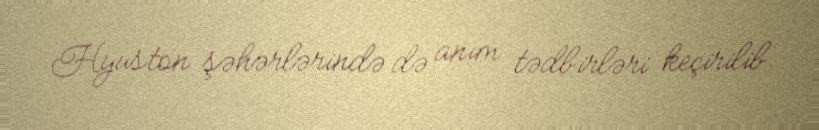
Hyuston şəhərlərində də anım tədbirləri keçirilib.